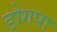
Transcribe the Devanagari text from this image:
डोगपा